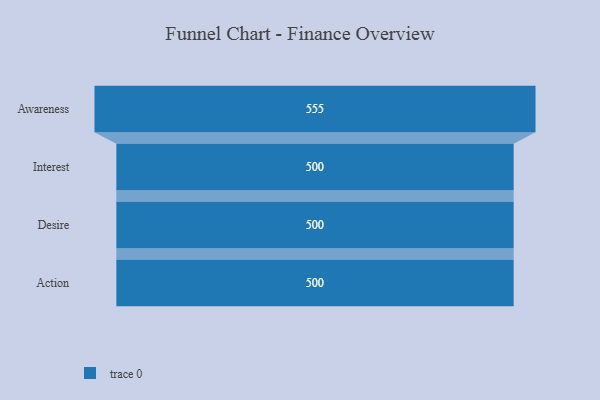
{"axis": {"x": "Stage", "y": "Value"}, "legend": [""], "data": [{"x": "Awareness", "y": 555.0, "type": ""}, {"x": "Interest", "y": 500, "type": ""}, {"x": "Desire", "y": 500, "type": ""}, {"x": "Action", "y": 500, "type": ""}]}